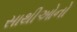
સાથીઓનો